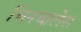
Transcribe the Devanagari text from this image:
चिनचालेस